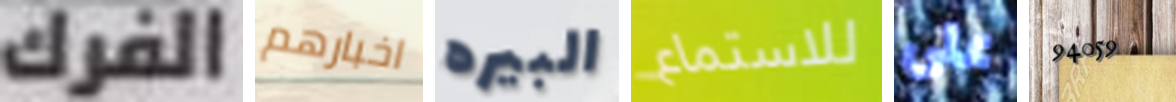
الفرك اخبارهم البيره للاستماع على 94059